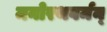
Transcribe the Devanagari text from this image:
मनोरथवर्मन्